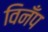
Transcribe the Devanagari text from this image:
विनँप